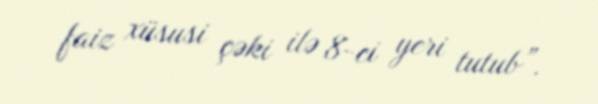
faiz xüsusi çəki ilə 8-ci yeri tutub”.